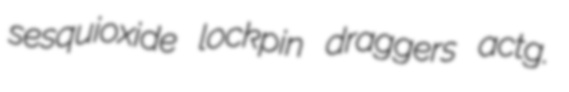
sesquioxide lockpin draggers actg.